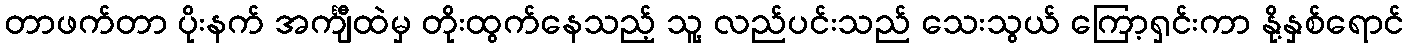
တာဖက်တာ ပိုးနက် အင်္ကျီထဲမှ တိုးထွက်နေသည့် သူ့ လည်ပင်းသည် သေးသွယ် ကြော့ရှင်းကာ နို့နှစ်ရောင်